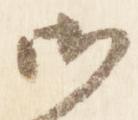
御